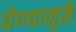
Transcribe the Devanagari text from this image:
घेण्यामुळे